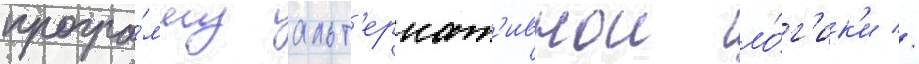
програ́мму альт'ернат'ивнои ло́г'ик'и //